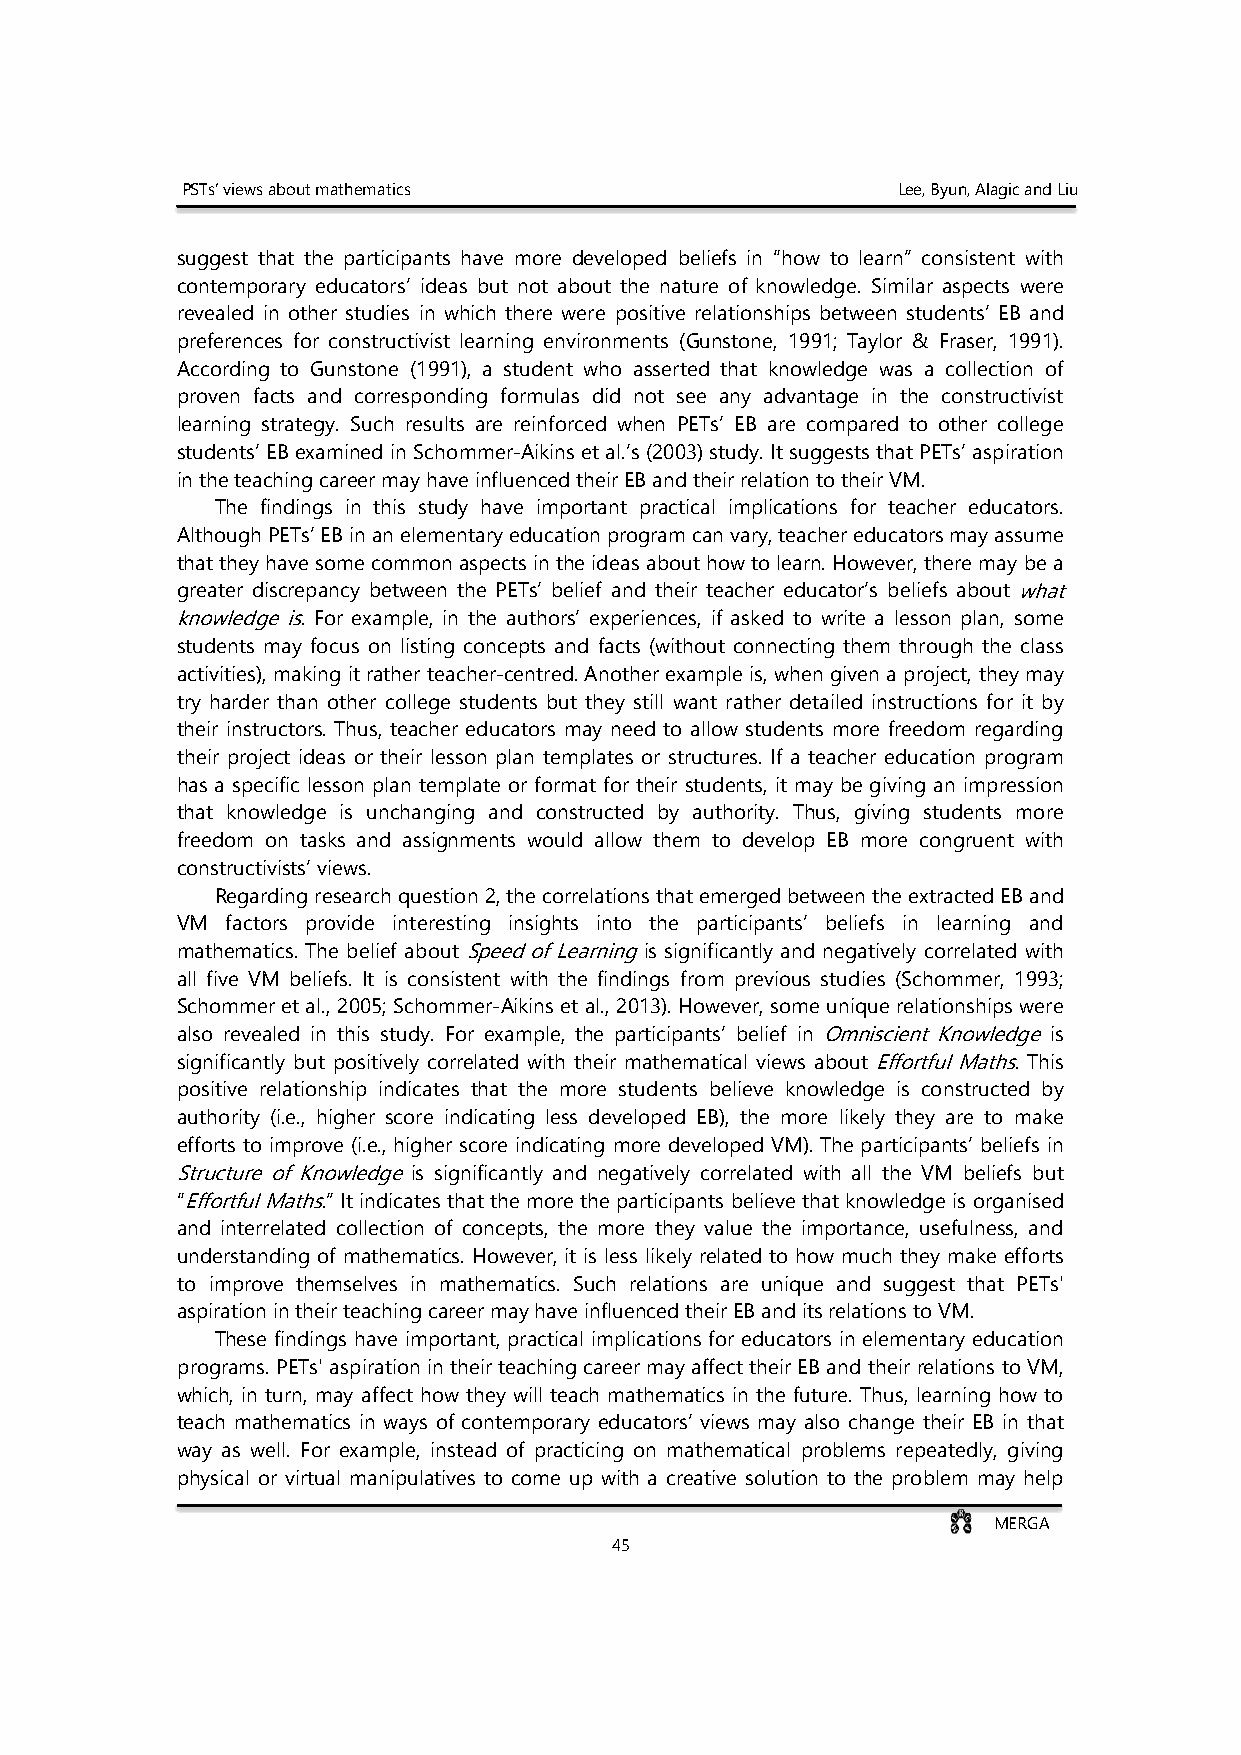
PSTs’ views about mathematics                  Lee, Byun, Alagic and Liu
 suggest that the participants have more developed beliefs in “how to learn” consistent with
 contemporary educators’ ideas but not about the nature of knowledge. Similar aspects were
 revealed in other studies in which there were positive relationships between students’ EB and
 preferences for constructivist learning environments (Gunstone, 1991; Taylor & Fraser, 1991).
 According to Gunstone (1991), a student who asserted that knowledge was a collection of
 proven facts and corresponding formulas did not see any advantage in the constructivist
 learning strategy. Such results are reinforced when PETs’ EB are compared to other college
 students’ EB examined in Schommer-Aikins et al.’s (2003) study. It suggests that PETs’ aspiration
 in the teaching career may have influenced their EB and their relation to their VM.
 The findings in this study have important practical implications for teacher educators.
 Although PETs’ EB in an elementary education program can vary, teacher educators may assume
 that they have some common aspects in the ideas about how to learn. However, there may be a
 greater discrepancy between the PETs’ belief and their teacher educator’s beliefs about what
 knowledge is. For example, in the authors’ experiences, if asked to write a lesson plan, some
 students may focus on listing concepts and facts (without connecting them through the class
 activities), making it rather teacher-centred. Another example is, when given a project, they may
 try harder than other college students but they still want rather detailed instructions for it by
 their instructors. Thus, teacher educators may need to allow students more freedom regarding
 their project ideas or their lesson plan templates or structures. If a teacher education program
 has a specific lesson plan template or format for their students, it may be giving an impression
 that knowledge is unchanging and constructed by authority. Thus, giving students more
 freedom on tasks and assignments would allow them to develop EB more congruent with
 constructivists’ views.
 Regarding research question 2, the correlations that emerged between the extracted EB and
 VM factors provide interesting insights into the participants’ beliefs in learning and
 mathematics. The belief about Speed of Learning is significantly and negatively correlated with
 all five VM beliefs. It is consistent with the findings from previous studies (Schommer, 1993;
 Schommer et al., 2005; Schommer-Aikins et al., 2013). However, some unique relationships were
 also revealed in this study. For example, the participants’ belief in Omniscient Knowledge is
 significantly but positively correlated with their mathematical views about Effortful Maths. This
 positive relationship indicates that the more students believe knowledge is constructed by
 authority (i.e., higher score indicating less developed EB), the more likely they are to make
 efforts to improve (i.e., higher score indicating more developed VM). The participants’ beliefs in
 Structure of Knowledge is significantly and negatively correlated with all the VM beliefs but
 “Effortful Maths.” It indicates that the more the participants believe that knowledge is organised
 and interrelated collection of concepts, the more they value the importance, usefulness, and
 understanding of mathematics. However, it is less likely related to how much they make efforts
 to improve themselves in mathematics. Such relations are unique and suggest that PETs'
 aspiration in their teaching career may have influenced their EB and its relations to VM.
 These findings have important, practical implications for educators in elementary education
 programs. PETs' aspiration in their teaching career may affect their EB and their relations to VM,
 which, in turn, may affect how they will teach mathematics in the future. Thus, learning how to
 teach mathematics in ways of contemporary educators’ views may also change their EB in that
 way as well. For example, instead of practicing on mathematical problems repeatedly, giving
 physical or virtual manipulatives to come up with a creative solution to the problem may help
 MERGA
 45